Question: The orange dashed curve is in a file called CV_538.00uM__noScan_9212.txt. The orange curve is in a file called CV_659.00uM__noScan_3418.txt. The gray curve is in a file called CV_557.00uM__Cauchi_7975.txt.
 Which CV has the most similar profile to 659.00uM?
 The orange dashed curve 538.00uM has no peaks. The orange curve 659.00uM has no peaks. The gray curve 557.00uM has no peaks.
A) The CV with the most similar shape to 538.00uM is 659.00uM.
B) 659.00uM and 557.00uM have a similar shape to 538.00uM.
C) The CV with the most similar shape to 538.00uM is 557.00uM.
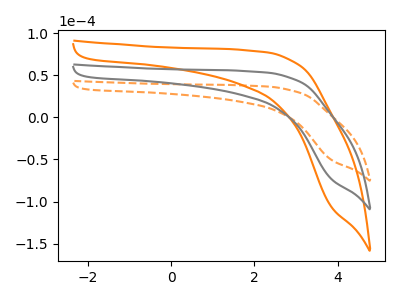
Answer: <think>Neither "538.00uM" or "659.00uM" have any peaks. Neither "538.00uM" or "557.00uM" have any peaks. Neither "659.00uM" or "557.00uM" have any peaks.
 </think>
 <answer>B) "659.00uM" and "557.00uM" have a similar shape to "538.00uM".</answer>
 <eval>B</eval>